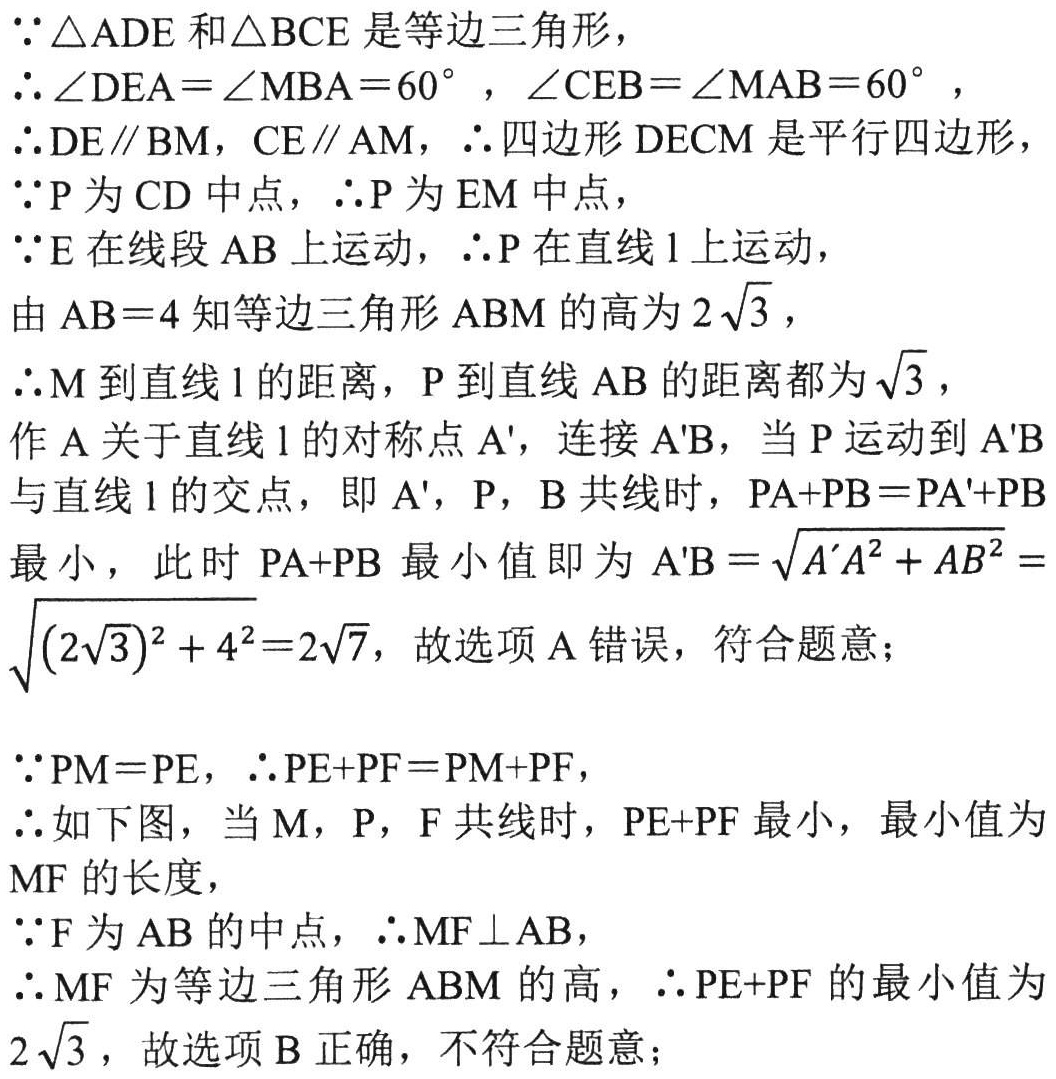
\(\because \triangle ADE\)和\(\triangle BCE\)是等边三角形，

\(\therefore \angle DEA = \angle MBA = 60^{\circ}\)，\(\angle CEB = \angle MAB = 60^{\circ}\)，

\(\therefore DE\parallel BM\)，\(CE\parallel AM\)，\(\therefore\)四边形\(DECM\)是平行四边形，

\(\because P\)为\(CD\)中点，\(\therefore P\)为\(EM\)中点，

\(\because E\)在线段\(AB\)上运动，\(\therefore P\)在直线\(l\)上运动，

由\(AB = 4\)知等边三角形\(ABM\)的高为\(2\sqrt{3}\)，

\(\therefore M\)到直线\(l\)的距离，\(P\)到直线\(AB\)的距离都为\(\sqrt{3}\)，

作\(A\)关于直线\(l\)的对称点\(A'\)，连接\(A'B\)，当\(P\)运动到\(A'B\)与直线\(l\)的交点，即\(A'\)，\(P\)，\(B\)共线时，\(PA + PB = PA' + PB\)最小，此时\(PA + PB\)最小值即为\(A'B=\sqrt{A'A^{2}+AB^{2}}=\sqrt{(2\sqrt{3})^{2}+4^{2}} = 2\sqrt{7}\)，故选项A错误，符合题意；

\(\because PM = PE\)，\(\therefore PE + PF = PM + PF\)，

\(\therefore\)如下图，当\(M\)，\(P\)，\(F\)共线时，\(PE + PF\)最小，最小值为\(MF\)的长度，

\(\because F\)为\(AB\)的中点，\(\therefore MF\perp AB\)，

\(\therefore MF\)为等边三角形\(ABM\)的高，\(\therefore PE + PF\)的最小值为\(2\sqrt{3}\)，故选项B正确，不符合题意；